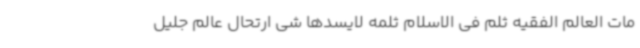
مات العالم الفقیه ثلم فی الاسلام ثلمه لایسدها شی ارتحال عالم جلیل